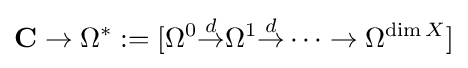
\mathbf {C} \rightarrow \Omega ^{*}:=[\Omega ^{0}{\stackrel {d}{\to }}\Omega ^{1}{\stackrel {d}{\to }}\cdots \to \Omega ^{\dim X}]